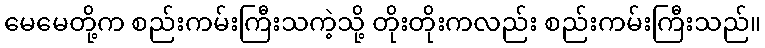
မေမေတို့က စည်းကမ်းကြီးသကဲ့သို့ တိုးတိုးကလည်း စည်းကမ်းကြီးသည်။